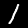
Label: 1